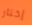
إختار